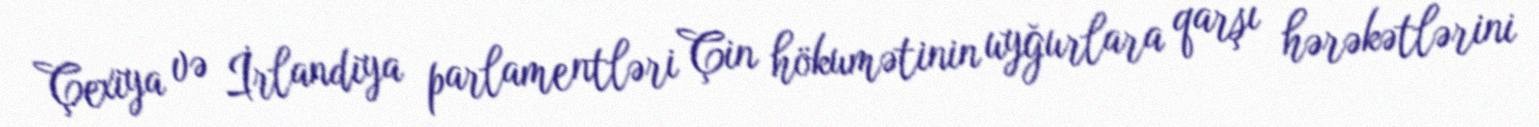
Çexiya və İrlandiya parlamentləri Çin hökumətinin uyğurlara qarşı hərəkətlərini